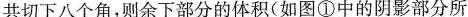
切下八个角，则余下部分的体积(如图①中的阴影部分所